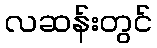
လဆန်းတွင်